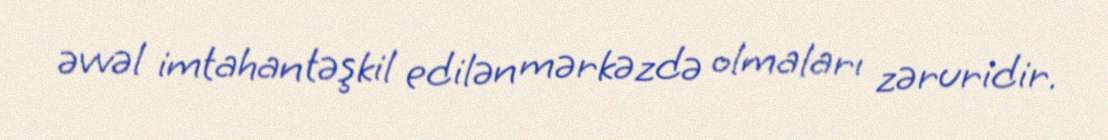
əvvəl imtahan təşkil edilən mərkəzdə olmaları zəruridir.